Civil Veterinary Department. Central Provinces & Berar 1932-41 - 1932-1941
Year: 1932
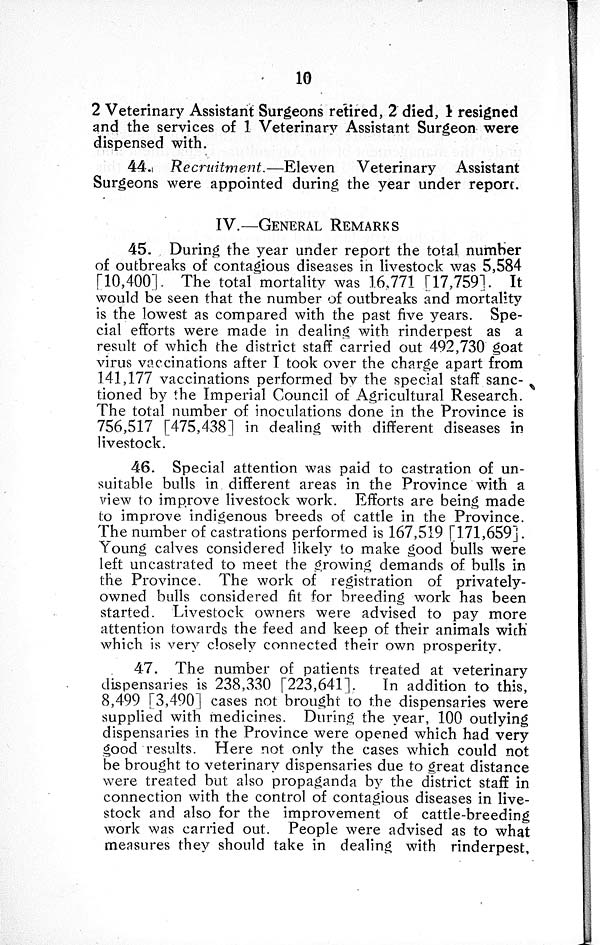
10
2 Veterinary Assistant Surgeons retired, 2 died, 1 resigned
and the services of 1 Veterinary Assistant Surgeon were
dispensed with.
44. Recruitment.—Eleven
Veterinary Assistant
Surgeons were appointed during the year under report.
IV.—GENERAL
REMARKS
45. During the year under report the total number
of outbreaks of contagious diseases in livestock was 5,584
[10,400]. The total mortality was 16,771 [17,759]. It
would be seen that the number of outbreaks and mortality
is the lowest as compared with the past five years. Spe-
cial efforts were made in dealing with rinderpest as a
result of which the district staff carried out 492,730 goat
virus vaccinations after I took over the charge apart from
141,177 vaccinations performed by the special staff sanc-
tioned by the Imperial Council of Agricultural Research.
The total number of inoculations done in the Province is
756,517 [475,438] in dealing with different diseases in
livestock.
46. Special attention was paid to castration of un-
suitable bulls in different areas in the Province with a
view to improve livestock work. Efforts are being made
to improve indigenous breeds of cattle in the Province.
The number of castrations performed is 167,519 [171,659].
Young calves considered likely to make good bulls were
left uncastrated to meet the growing demands of bulls in
the Province. The work of registration of privately-
owned bulls considered fit for breeding work has been
started. Livestock owners were advised to pay more
attention towards the feed and keep of their animals wich'
which is very closely connected their own prosperity.
47. The number of patients treated at veterinary
dispensaries is 238,330 [223,641].
In addition to this,
8,499 [ 3,490 ] cases not brought to the dispensaries were
supplied with medicines. During the year, 100 outlying
dispensaries in the Province were opened which had very
good results. Here not only the cases which could not
be brought to veterinary dispensaries due to great distance
were treated but also propaganda by the district staff in
connection with the control of contagious diseases in live-
stock and also for the improvement of cattle-breeding
work was carried out. People were advised as to what
measures they should take in dealing with rinderpest,